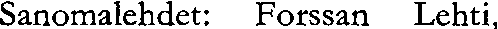
Sanomalehdet: Forssan Lehti,